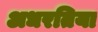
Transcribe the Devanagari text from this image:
अधरतिया